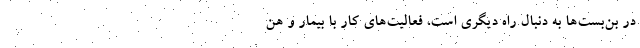
در بن‌بست‌ها به دنبال راه دیگری است، فعالیت‌های کار با بیمار و هن